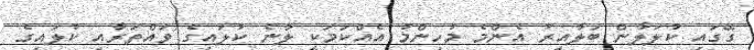
ގޭގައި ކުލަލާން ބަލާއިރު އެންމެ މުހިންމު އެއްކަމަކީ ލާނެ ކުލައިގެ ވައްތަރާއި ކުލައިގެ